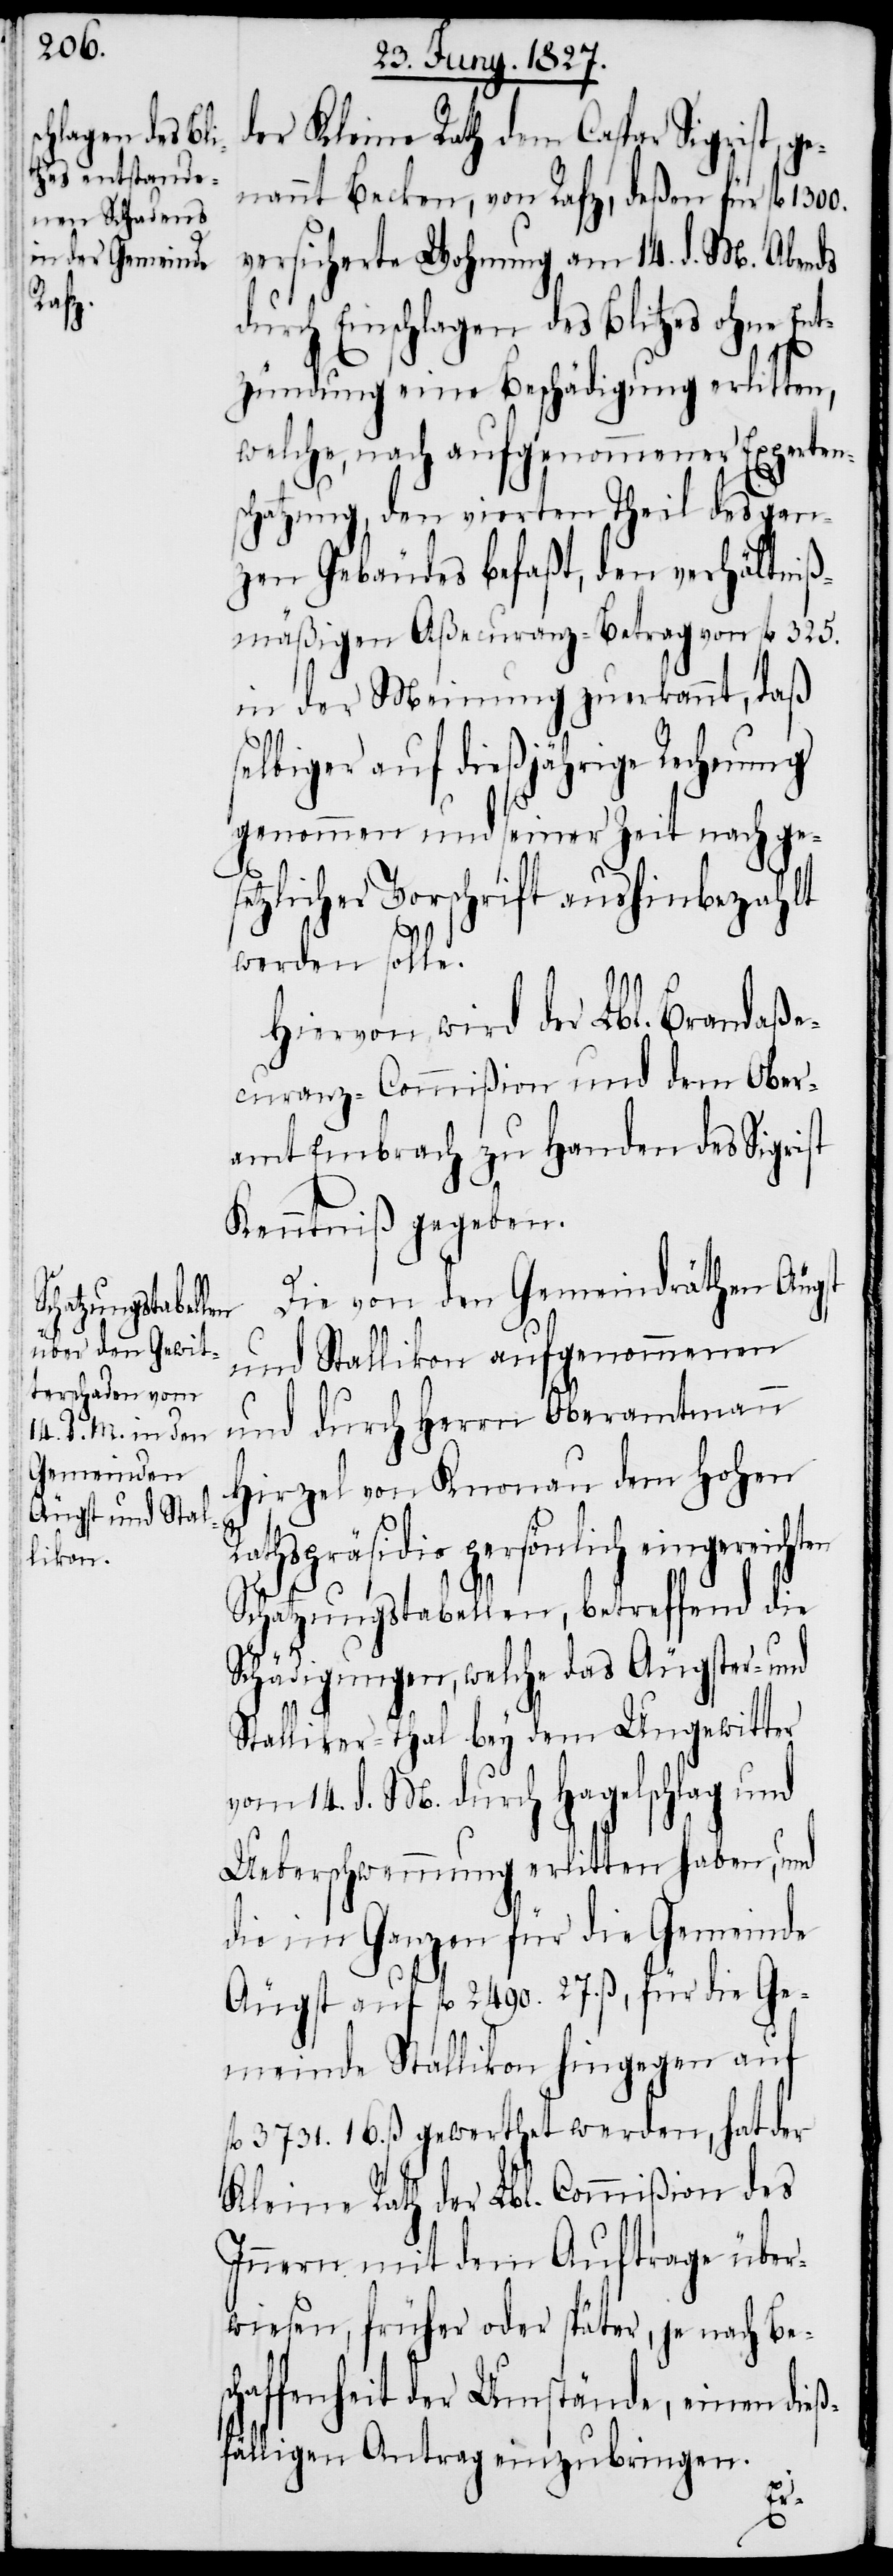
1300.
Rath¬

der Kleine Rath dem Caspar Sigrist ge¬
nannt Becken, von Rafz, deßen für fl.
versicherte Wohnung am 14. d. M. Abends
durch Einschlagen des Blitzes ohne Ent¬
zündung eine Beschädigung erlitten,
welche, nach aufgenommener Experten¬
schatzung, den vierten Theil des gan¬
zen Gebäudes befaßt, den verhältniß¬
mäßigen Aßecuranz-Betrag von fl. 325.
in der Meinung zuerkannt, daß
selbiger auf dießjährige Rechnung
genommen und seiner Zeit nach ges¬
etzlicher Vorschrift aushinbezahlt
werden solle.
Hiervon wird der Lbl. Brandaße¬
curanz-Commißion und dem Ober¬
amt Embrach zu Handen des Sigrist
Kenntniß gegeben.
Die von den Gemeindräthen Äugst
und Stallikon aufgenommenen
und durch Herrn Oberamtmann
Hirzel von Knonau dem Hohen
spräsidio persönlich eingereich¬
Schatzungstabellen, betreffend die
Schädigungen, welche das Äugster- und
Stalliker-Thal bey dem Ungewitter
vom 14. d. M. durch Hagelschlag und
Ueberschwemmung erlitten haben, und
die im Ganzen für die Gemeinde
Äugst auf fl. 2490. 27. ß, für die Ge¬
meinde Stallikon hingegen auf
fl. 3731. 16. ß. gewerthet werden, hat der
Kleine Rath der Lbl. Commißion des
Innern mit dem Auftrage über¬
wiesen, früher oder später, je nach Be¬
schaffenheit der Umstände, einen dieß¬
fälligen Antrag einzubringen.
ten